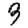
Digit: 3